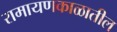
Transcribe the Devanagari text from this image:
रामायणकाळातील